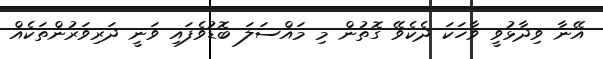
އޭނާ ވިދާޅުވީ ވާހަކަ ދެކެވޭ ގޮތުން މި މައްސަލަ ބޮޑުވެފައި ވަނީ ދަރިވަރުންތަކެއް